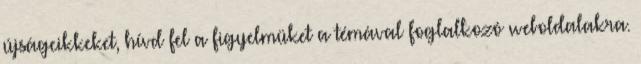
újságcikkeket, hívd fel a figyelmüket a témával foglalkozó weboldalakra.